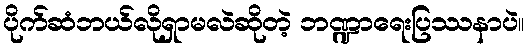
ပိုက်ဆံဘယ်လိုရှာမလဲဆိုတဲ့ ဘဏ္ဍာရေးပြဿနာပဲ။